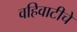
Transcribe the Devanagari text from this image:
वहिवाटीचे